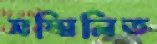
সম্মিলিত